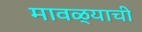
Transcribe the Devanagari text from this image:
मावळ्याची